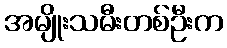
အမျိုးသမီးတစ်ဦးက